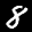
Label: 8